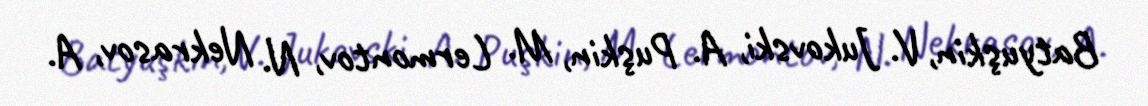
Batyuşkin, V. Jukovski, A. Puşkin, M. Lermontov, N. Nekrasov, A.